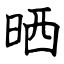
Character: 晒